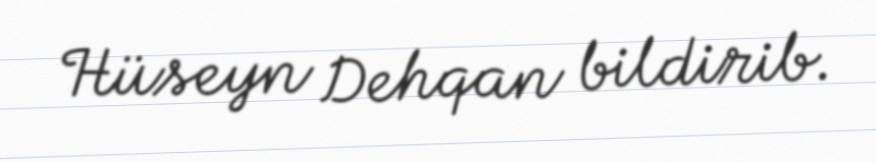
Hüseyn Dehqan bildirib.